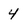
Character: 4